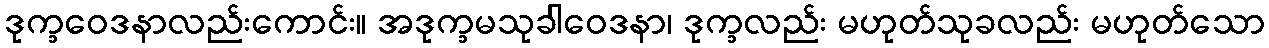
ဒုက္ခဝေဒနာလည်းကောင်း။ အဒုက္ခမသုခါဝေဒနာ၊ ဒုက္ခလည်း မဟုတ်သုခလည်း မဟုတ်သော